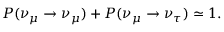
P ( \nu _ { \mu } \rightarrow \nu _ { \mu } ) + P ( \nu _ { \mu } \rightarrow \nu _ { \tau } ) \simeq 1 .